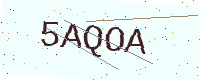
Text: 5AQOA